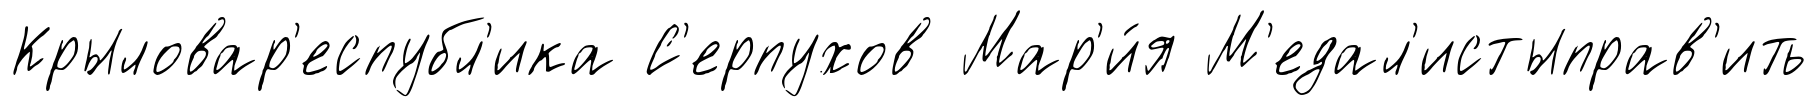
Крыловар'еспубл'ика С'ерпухов Мар'и́я М'едал'истыправ'ить